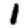
Digit: 1